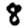
Digit: 8